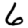
Digit: 6